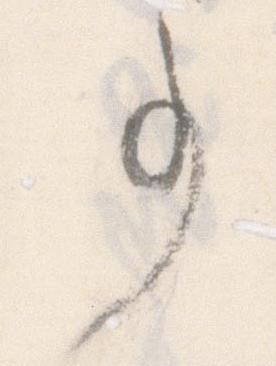
事